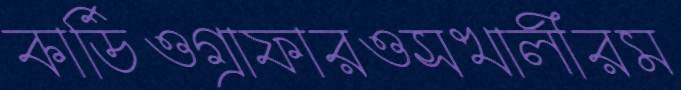
কার্ডিওগ্রাফারওসখালীরম